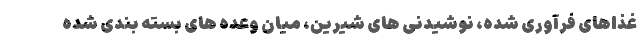
غذاهای فرآوری شده، نوشیدنی های شیرین، میان وعده های بسته بندی شده